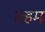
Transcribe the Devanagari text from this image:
ल्हम